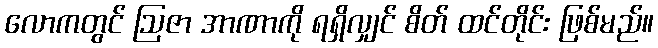
လောကတွင် ဩဇာ အာဏာကို ရရှိလျှင် စိတ် ထင်တိုင်း ဖြစ်မည်။